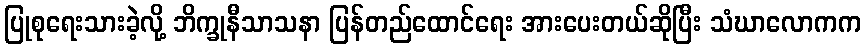
ပြုစုရေးသားခဲ့လို့ ဘိက္ခုနီသာသနာ ပြန်တည်ထောင်ရေး အားပေးတယ်ဆိုပြီး သံဃာလောကက